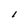
Character: I